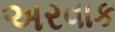
અરવાક